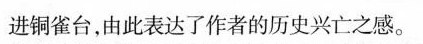
进铜雀台，由此表达了作者的历史兴亡之感。